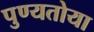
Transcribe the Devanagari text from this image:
पुण्यतोया